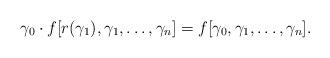
LaTeX: \begin{align*}\gamma_0 \cdot f[r(\gamma_1), \gamma_1, \ldots, \gamma_n] = f[\gamma_0, \gamma_1, \ldots, \gamma_n].\end{align*}